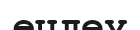
өцдеу